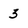
Character: 3